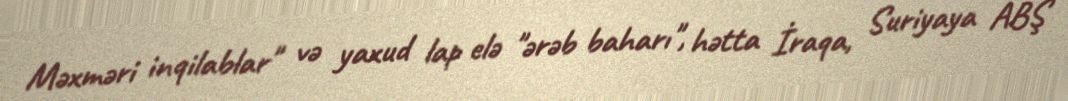
Məxməri inqilablar" və yaxud lap elə "ərəb baharı", hətta İraqa, Suriyaya ABŞ